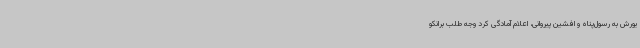
یورش به رسول‌پناه و افشین پیروانی، اعلام آمادگی کرد وجه طلب برانکو